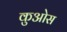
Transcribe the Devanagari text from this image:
कुओस